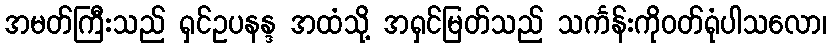
အမတ်ကြီးသည် ရှင်ဥပနန္ဒ အထံသို့ အရှင်မြတ်သည် သင်္ကန်းကိုဝတ်ရုံပါသလော၊